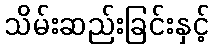
သိမ်းဆည်းခြင်းနှင့်